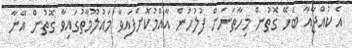
އެ ކުއްޖާއާ ބެހޭ ގޮތުން މިހާތަނަށް ފުލުހުން އާއްމުކޮށްފައިވާ މައުލޫމާތުގައިވާ ގޮތުން އޭނާ